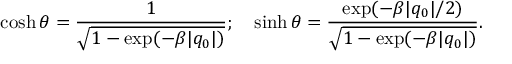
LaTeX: \cosh \theta = \frac { 1 } { \sqrt { 1 - \exp ( - \beta | q _ { 0 } | ) } } ; \ \ \ \sinh \theta = \frac { \exp ( - \beta | q _ { 0 } | / 2 ) } { \sqrt { 1 - \exp ( - \beta | q _ { 0 } | ) } } .